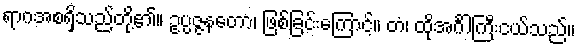
ရာဂအစရှိသည်တို့၏။ ဥပ္ပဇ္ဇနတော၊ ဖြစ်ခြင်းကြောင့်။ တံ၊ ထိုအင်္ဂါကြီးငယ်သည်။